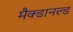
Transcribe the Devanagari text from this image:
मैक्डानल्ड